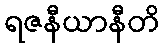
ရဇနီယာနီတိ